Annual report on the Civil Veterinary Department, Burma (including the Insein Veterinary School) - 1923-1931
Year: 1923
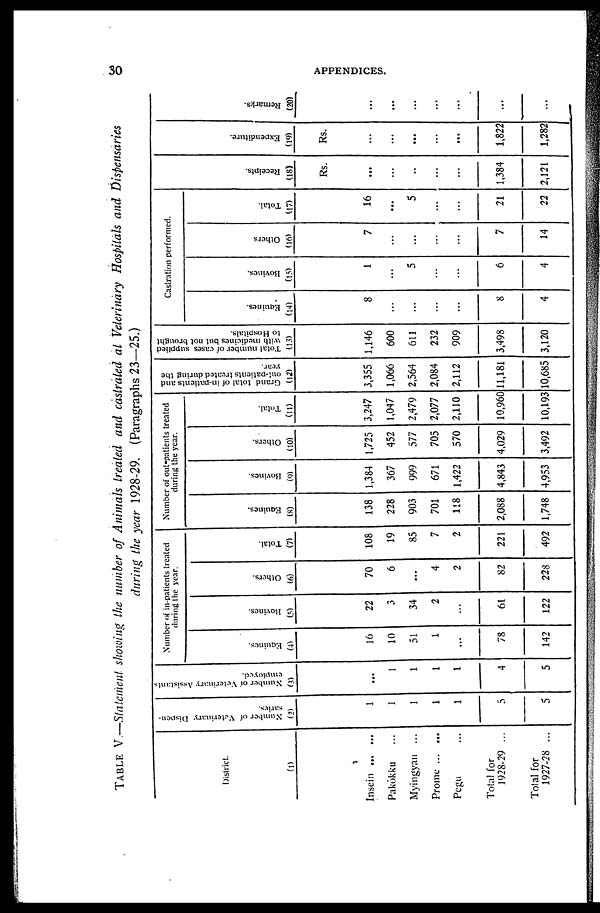
30
APPENDICES.
TABLE V.—Statement showing the number of Animals treated and castrated at Veterinary Hospitals and Dispensaries
during the year 1928-29. (Paragraphs 23—25.)
District.
(1)
Insein ... ...
Pakôkku ...
Myingyan ...
Prome ... ...
Pegu ...
Total for
1928-29 ...
Total for
1927-28 ...
Number of Veterinary Dispen-
saries.
(2)
1
1
1
1
1
5
5
Number of Veterinary Assistants
employed.
(3)
...
1
1
1
1
4
5
Number of in-patients treated
during the year.
Equines.
(4)
16
10
51
1
...
78
142
Bovines.
(5)
22
3
34
2
...
61
122
Others.
(6)
70
6
...
4
2
82
228
Total.
(7)
108
19
85
7
2
221
492
Number of out-patients treated
during the year.
Equines.
(8)
138
228
903
701
118
2,088
1,748
Bovines.
(9)
1,384
367
999
671
1,422
4,843
4,953
Others.
(10)
1,725
452
577
705
570
4,029
3,492
Total.
(11)
3,247
1,047
2,479
2,077
2,110
10,960
10,193
Grand total of in-patients and
out-patients treated during the
year.
(12)
3,355
1,066
2,564
2,084
2,112
11,181
10,685
Total number of cases supplied
with medicines but not brought
to Hospitals.
(13)
1,146
600
611
232
909
3,498
3,120
Castration performed.
Equines.
(14)
8
...
...
...
...
8
4
Bovines.
(15)
1
...
5
...
...
6
4
Others
(16)
7
...
...
...
...
7
14
Total.
(17)
16
...
5
...
...
21
22
Recei pt s .
(18)
Rs.
...
...
...
...
...
1,384
2,121
Expe ndi t
ur e .
(19)
Rs.
...
...
...
...
...
1,822
1,282
Re ma r
ks .
(20)
...
...
...
...
...
...
...